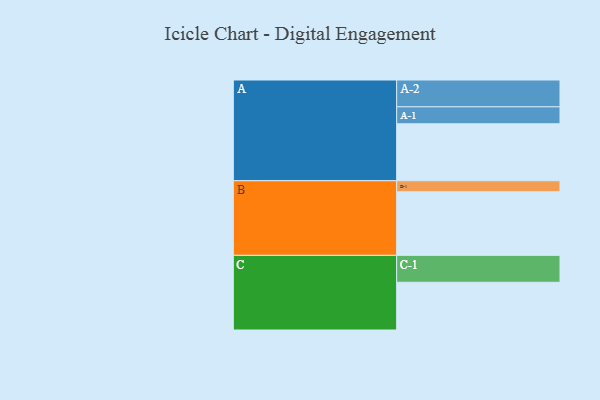
{"axis": {"x": "Segment", "y": "Value"}, "legend": ["", "A", "B", "C"], "data": [{"x": "A", "y": 480, "type": ""}, {"x": "B", "y": 536, "type": ""}, {"x": "C", "y": 402, "type": ""}, {"x": "A-1", "y": 143, "type": "A"}, {"x": "A-2", "y": 226, "type": "A"}, {"x": "B-1", "y": 93, "type": "B"}, {"x": "C-1", "y": 227, "type": "C"}]}